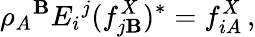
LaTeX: \rho_{A}{}^{\mathbf{B}}E_{i}{}^{j}(f_{j\mathbf{B}}^{X})^{*}=f_{iA}^{X}\, ,